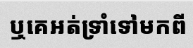
ឬគេអត់ទ្រាំទៅមកពី